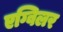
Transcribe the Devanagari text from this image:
एग्विलर